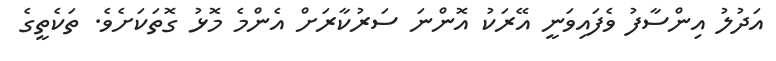
އަދުލު އިންސާފު ވެފައިވަނީ އޭރަކު އޮންނަ ސަރުކާރަށް އެންމެ މޮޅު ގޮތަކަށެވެ. ތަކެތީގެ